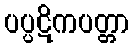
ပပ္ပဋိကပတ္တာ